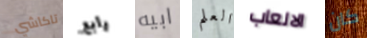
تاكاشي رابع ابيه العلم الالعاب كان